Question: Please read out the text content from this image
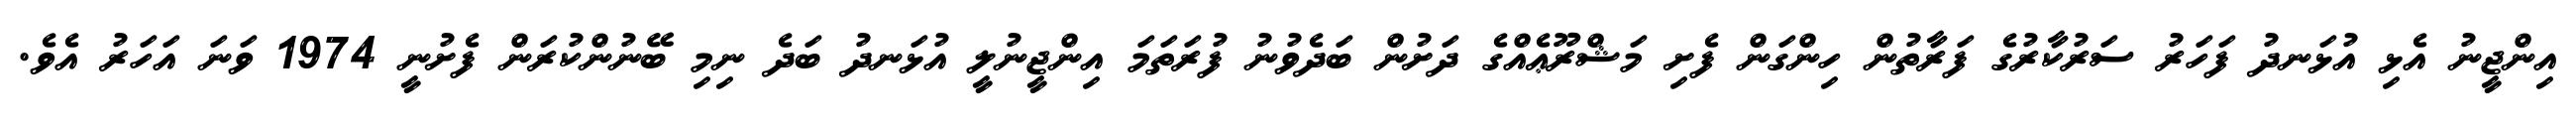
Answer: އިންޖީނު އެޅި އުޅަނދު ފަހަރު ސަރުކާރުގެ ފަރާތުން ހިންގަން ފެށި މަޝްރޫޢެއްގެ ދަށުން ބަދެވުނު ފުރަތަމަ އިންޖީނުލީ އުޅަނދު ބަދެ ނިމި ބޭނުންކުރަން ފެށުނީ 1974 ވަނަ އަހަރު އެވެ.